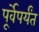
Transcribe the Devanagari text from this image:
पूर्वेपर्यंत